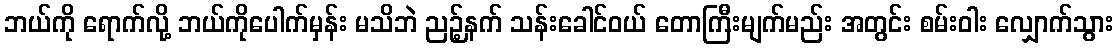
ဘယ်ကို ရောက်လို့ ဘယ်ကိုပေါက်မှန်း မသိဘဲ ညဉ့်နက် သန်းခေါင်ဝယ် တောကြီးမျက်မည်း အတွင်း စမ်းဝါး လျှောက်သွား